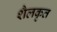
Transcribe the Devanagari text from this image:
शैलकृत